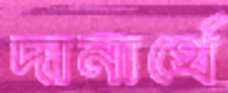
দানার্থে